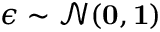
\epsilon \sim \mathcal { N } ( \mathbf { 0 } , \mathbf { 1 } )